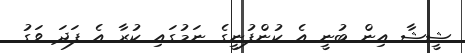
ޝީޝާ އިން ބުނީ އެ ކުންފުނީގެ ނަމުގައި ކުރާ އެ ފަދަ ވަގު